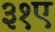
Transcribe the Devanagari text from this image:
३१ए